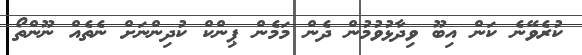
ކުރެވޭނެ ކަން އިބޫ ވިދާޅުވުމުން ދެން މަމެން ޕިންކް ކުދިންނަށް ނެތެެއް ނޫންތޯ